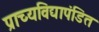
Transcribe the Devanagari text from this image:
प्राच्यविद्यापंडित